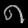
Digit: ၈